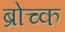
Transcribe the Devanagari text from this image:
ब्रोच्क